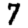
Digit: 7